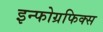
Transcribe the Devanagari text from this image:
इन्फोग्रफिक्स